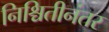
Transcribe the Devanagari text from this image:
निश्चितीनंतर